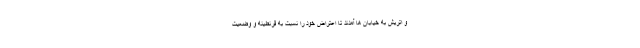
و اتریش به خیابان ها آمدند تا اعتراض خود را نسبت به قرنطینه و وضعیت